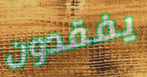
يفقدون